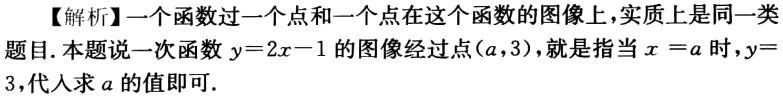
【解析】一个函数过一个点和一个点在这个函数的图像上,实质上是同一类
题目.本题说一次函数\(y = 2x - 1\)的图像经过点\((a,3)\)，就是指当\(x = a\)时，\(y =\)
3，代入求\(a\)的值即可.